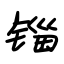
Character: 锱